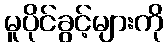
မူပိုင်ခွင့်များကို